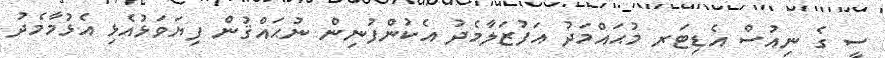
ސީ ގެ ނިއުސް އެޑިޓަރ މުޙައްމަދު އަފުޒަލާމެދު އެކުންފުނިން ނުޙައްޤުން ފިޔަވަޅުއެޅި އެޅުމާމެދު